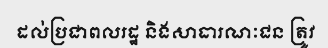
ដល់ប្រជាពលរដ្ឋ និងសាធារណៈជន ត្រូវ